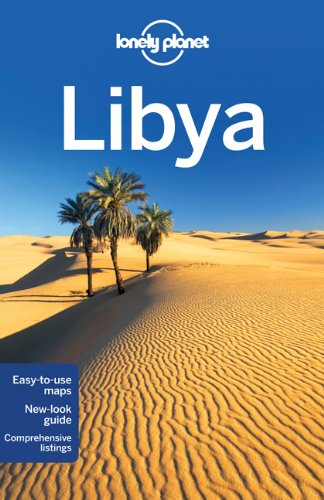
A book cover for Libya (Country Travel Guide); Not Available (Na); Travel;